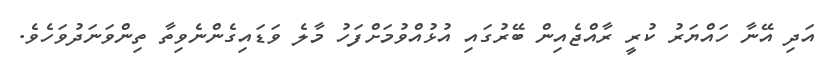
އަދި އޭނާ ހައްޔަރު ކުރީ ރާއްޖެއިން ބޭރުގައި އުޅުއްވުމަށްފަހު މާލެ ވަޑައިގެންނެވިތާ ތިންވަނަދުވަހެވެ.